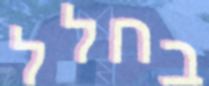
בחלל